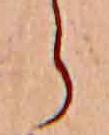
ら